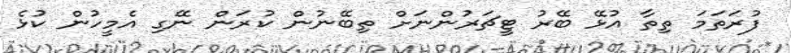
ފުރަތަމަ ތިތާ އުޅޭ ބޭރު ޓީޗަރުންނަށް ތިބޭނުން ކުރަން ނޭގި އެމީހުން ކުޅެ